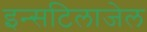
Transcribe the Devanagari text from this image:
इन्सटिलाजेल